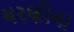
ચરણોના